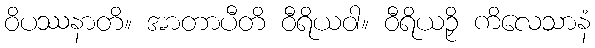
ဝိပဿနာတိ။ အာတာပီတိ ဝီရိယဝါ။ ဝီရိယဉှိ ကိလေသာနံ